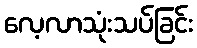
လေ့လာသုံးသပ်ခြင်း